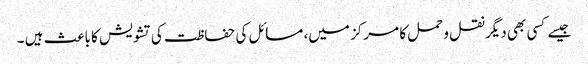
جیسے کسی بھی دیگر نقل و حمل کا مرکز میں، مسائل کی حفاظت کی تشویش کا باعث ہیں ۔